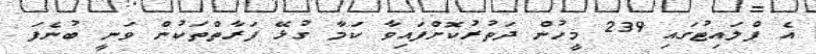
އެ ފްލައިޓުގައި 239 މީހުން ދަތުރުކޮށްފައިވާ ކަމާ ގުޅޭ ފަރާތްތަކުން ވަނީ ބުނެފަ